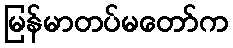
မြန်မာတပ်မတော်က